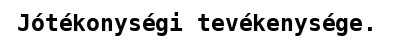
Jótékonységi tevékenysége.